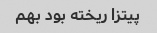
پیتزا ریخته بود بهم